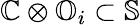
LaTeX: \mathbb{C}\otimes\mathbb{O}_{i}\subset\mathbb{S}